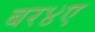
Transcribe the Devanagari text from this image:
बर४ए